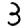
Digit: 3